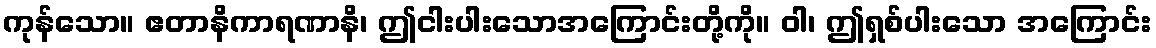
ကုန်သော။ ဧတာနိကာရဏာနိ၊ ဤငါးပါးသောအကြောင်းတို့ကို။ ဝါ၊ ဤရှစ်ပါးသော အကြောင်း